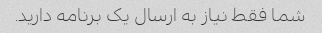
شما فقط نیاز به ارسال یک برنامه دارید.